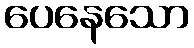
ပေနေသော